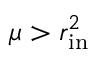
\mu > r _ { \mathrm { i n } } ^ { 2 }